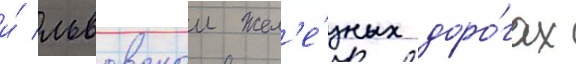
и́ львовскои жел'е́зных доро́гах